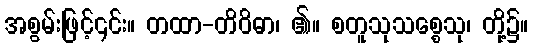
အစွမ်းဖြင့်၎င်း။ တထာ-တိဝိဓာ၊ ၏။ စတူသုသစ္စေသု၊ တို့၌။